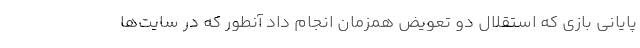
پایانی بازی که استقلال دو تعویض همزمان انجام داد آنطور که در سایت‌ها